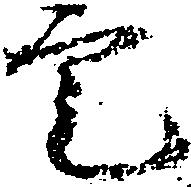
定